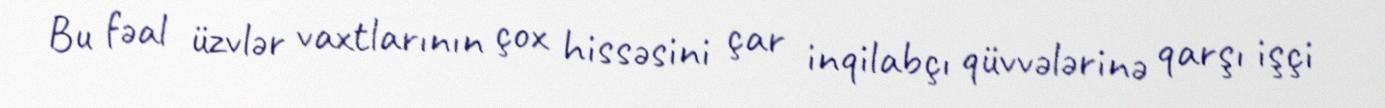
Bu fəal üzvlər vaxtlarının çox hissəsini çar inqilabçı qüvvələrinə qarşı işçi